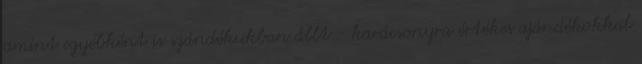
amint egyébként is szándékukban állt - karácsonyra értékes ajándékokkal